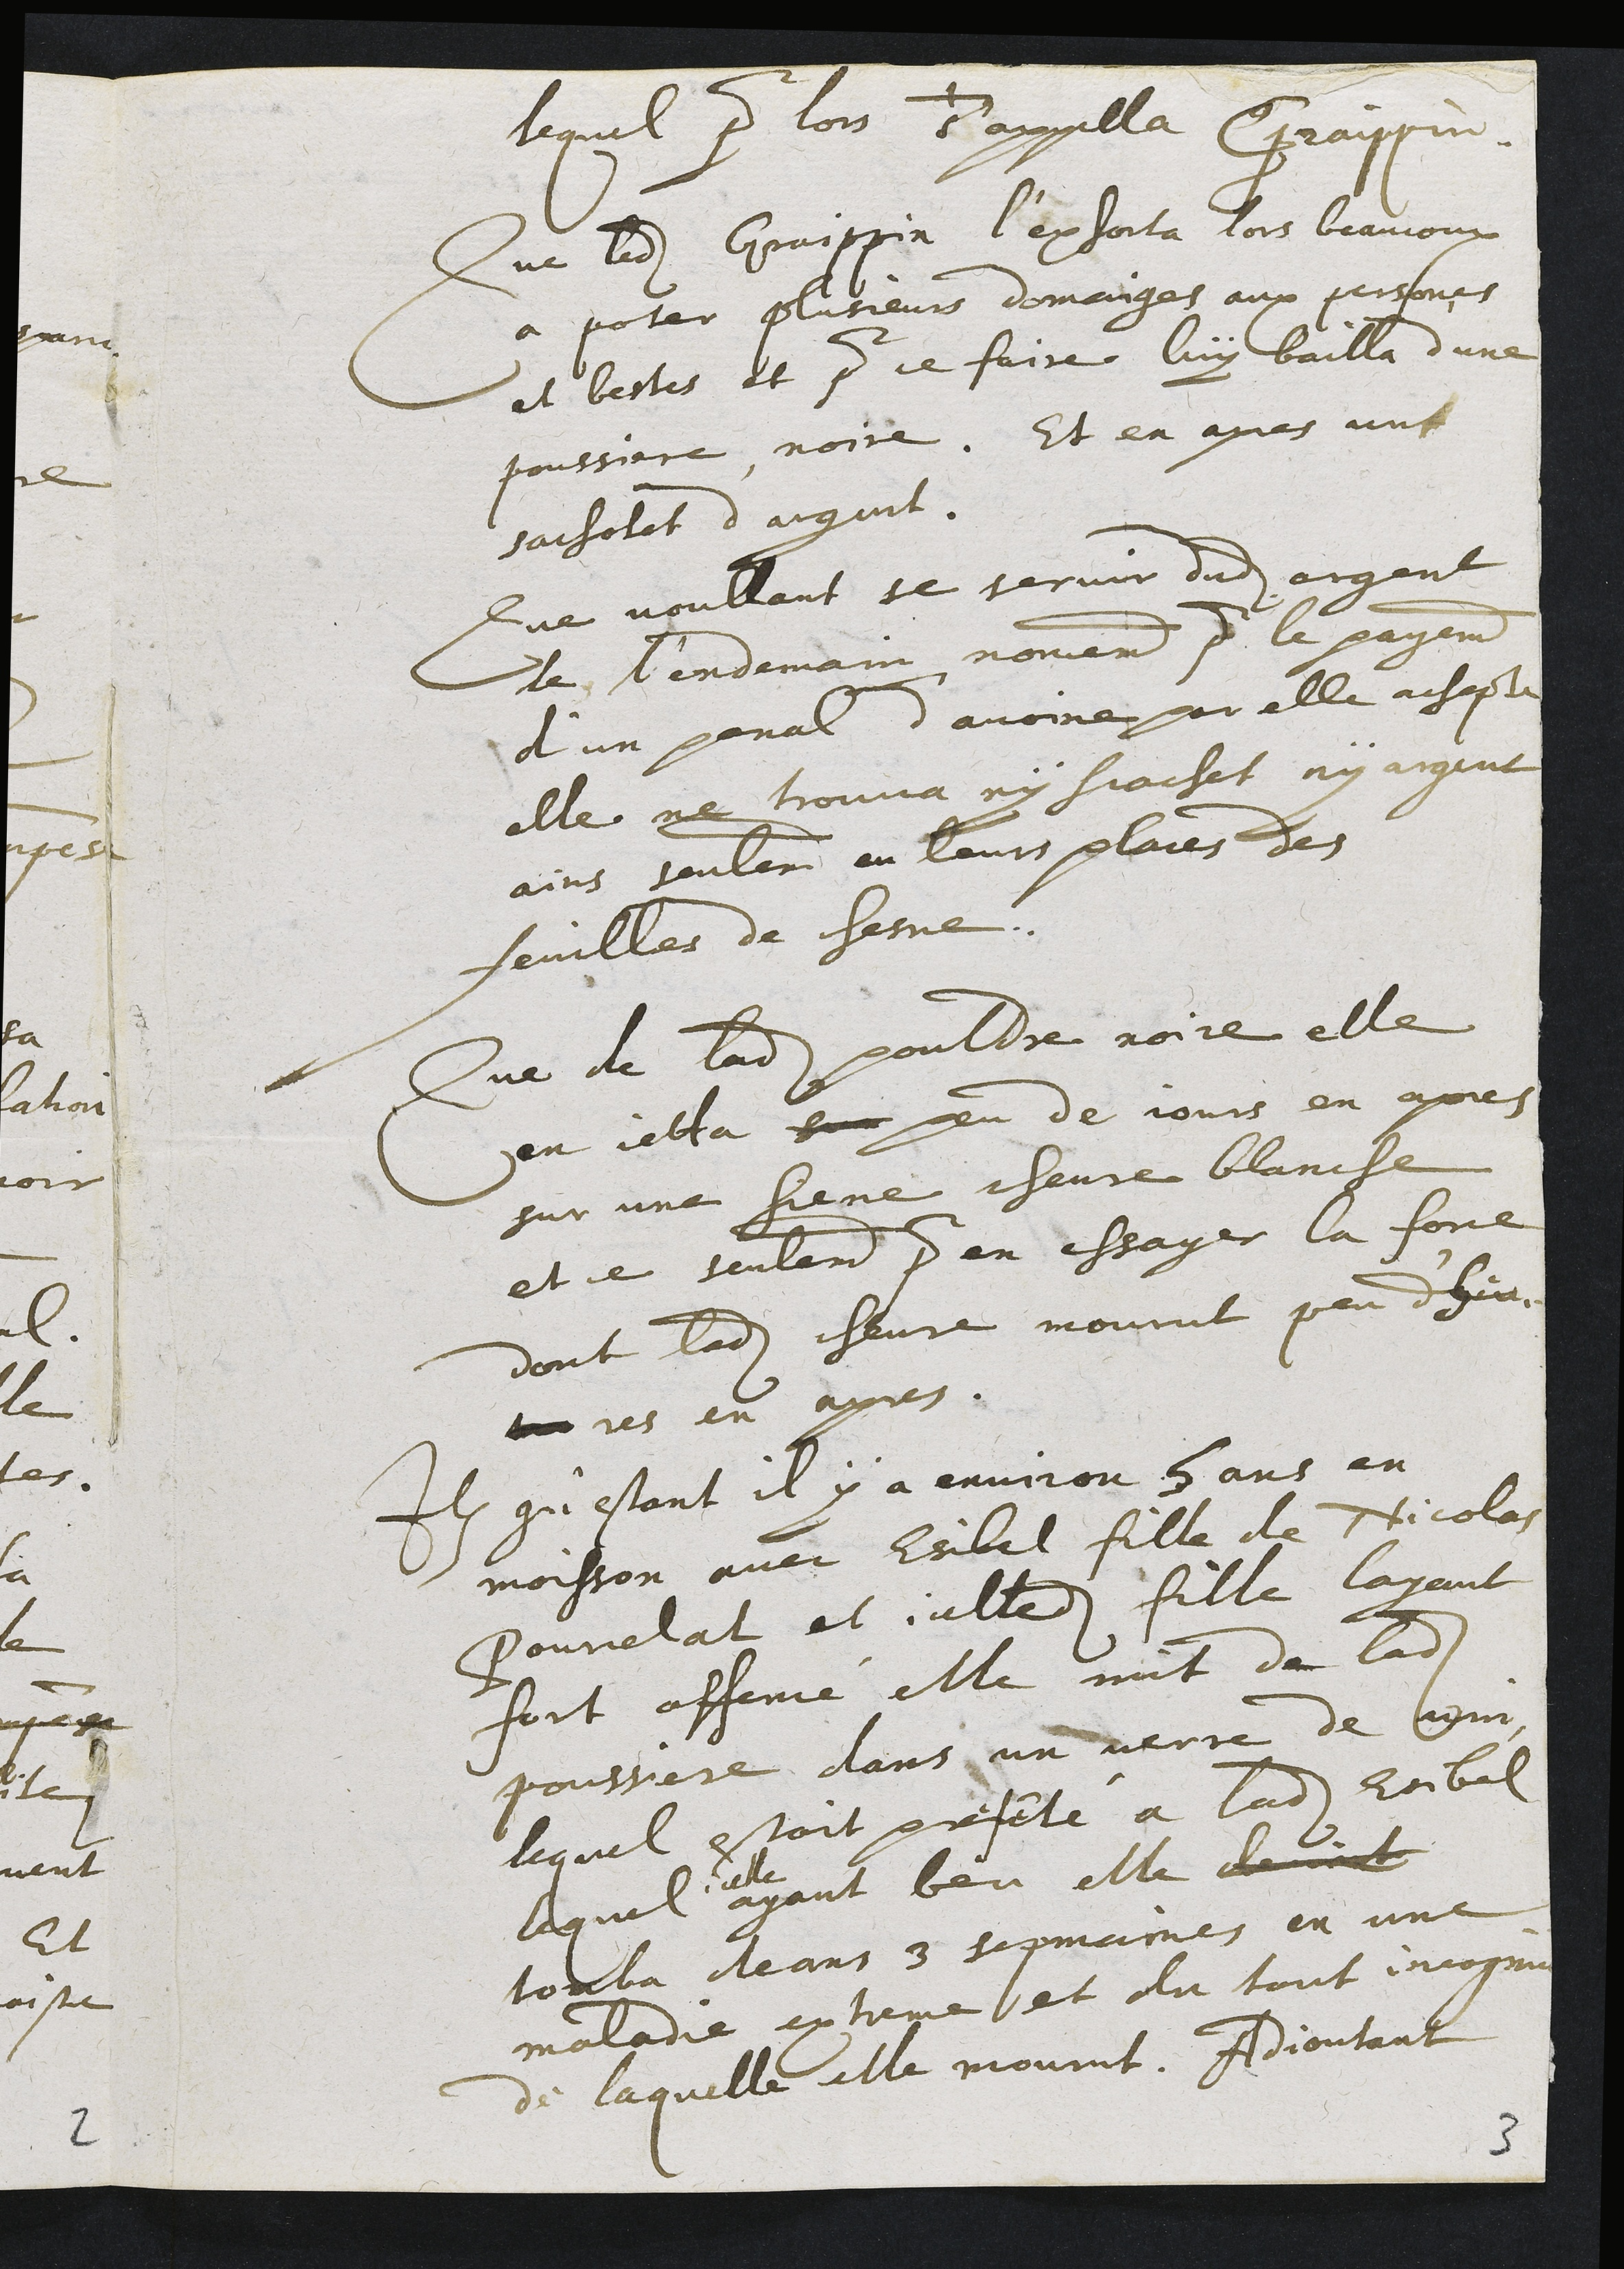
lequel pr lons B’appella Graypuu.
Qur ladit Graigpin l’exjorta jois braucoux
à poter plusieurs domauges aux persones
et bestes, et pour je faire luy bailla d’une
poussiere noire. Et en apes unt
saihotat d’aigant
Que voullant se pervir dudit argent
de lendemain nomernt pour le payennt
d’un penal d’avoine pr elle acsepte
elle ne trouva ny Siachet, ny argrit
ains souleri eu leurs plaies des
feuilles de cheme.
Que de ladite pouldre noire elle
en jelta sor eu de jours en apres
sur une siene chevre blancle
et ce seulard pr en essager la fone
dont ladite chevre mourut peu dheu
?rs en ayes.
Ey qu’estant il y a environ 8 ans en
moisson avec Esibel fille de Nicolas
Pourelat, et alledit fille layant
foit affemme elle mit de ladite
poussure dans un verre de Min-
lequel estoit preseté à ladite reibel
laquel
elle
ayant beu elle davait
touba deans 3 sepmaies en une
maladie aptreme) et du tout incognu
de laquelle elle mourut. Adiontant